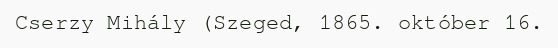
Cserzy Mihály (Szeged, 1865. október 16.